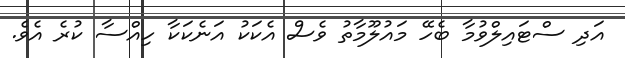
އަދި ސްޓައިލްވުމާ ބެހޭ މައުލޫމާތު ވެސް އެކަކު އަނެކަކާ ހިއްސާ ކުރެ އެވެ.